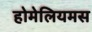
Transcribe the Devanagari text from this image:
होमेलियमस